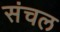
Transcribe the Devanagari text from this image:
संचल